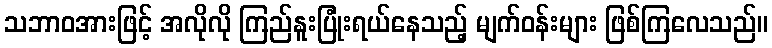
သဘာဝအားဖြင့် အလိုလို ကြည်နူးပြုံးရယ်နေသည့် မျက်ဝန်းများ ဖြစ်ကြလေသည်။